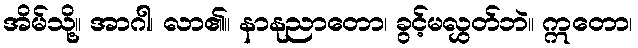
အိမ်သို့။ အာဂါ၊ လာ၏။ နာနုညာတော၊ ခွင့်မလွှတ်ဘဲ။ ဣတော၊